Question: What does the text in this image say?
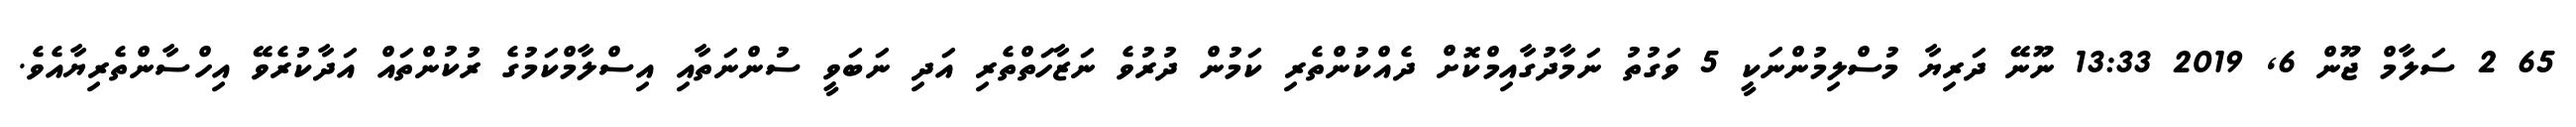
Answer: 65 2 ސަލާމް ޖޫން 6, 2019 13:33 ނޫނޭ ދަރިޔާ މުސްލިމުންނަކީ 5 ވަގުތު ނަމާދުގާއިމްކޮށް ދެއްކުންތެރި ކަމުން ދުރުވެ ނަޒާހަތްތެރި އަދި ނަބަވީ ސުންނަތާއި އިސްލާމްކަމުގެ ރުކުންތައް އަދާކުރެވޭ އިހްސާންތެރިޔާއެވެ.